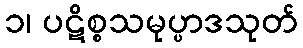
၁၊ ပဋိစ္စသမုပ္ပာဒသုတ်